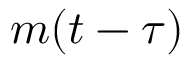
m ( t - \tau )